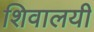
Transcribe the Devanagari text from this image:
शिवालयी